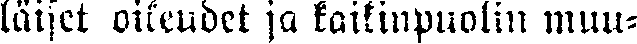
läiset oikeuden ja kaikinpuolin muu-